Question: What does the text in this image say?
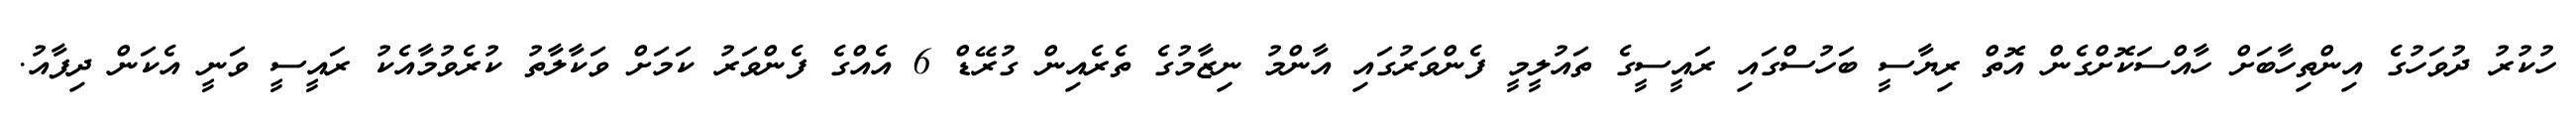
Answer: ހުކުރު ދުވަހުގެ އިންތިހާބަށް ހާއްސަކޮށްގެން އޮތް ރިޔާސީ ބަހުސްގައި ރައީސީގެ ތައުލީމީ ފެންވަރުގައި އާންމު ނިޒާމުގެ ތެރެއިން ގުރޭޑް 6 އެއްގެ ފެންވަރު ކަމަށް ވަކާލާތު ކުރެވުމާއެކު ރައީސީ ވަނީ އެކަން ދިފާއު.